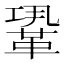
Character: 𩊳